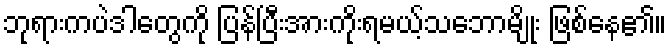
ဘုရားကပဲဒါတွေကို ပြန်ပြီးအားကိုးရမယ့်သဘောမျိုး ဖြစ်နေ၏။